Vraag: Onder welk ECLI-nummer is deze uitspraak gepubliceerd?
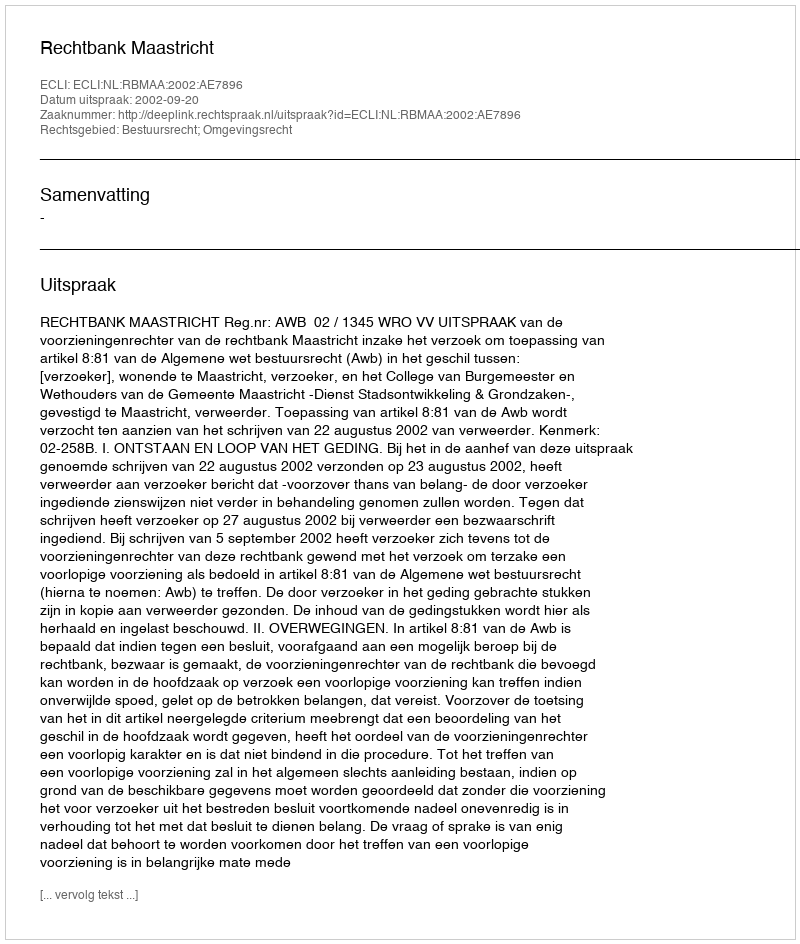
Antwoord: ECLI:NL:RBMAA:2002:AE7896